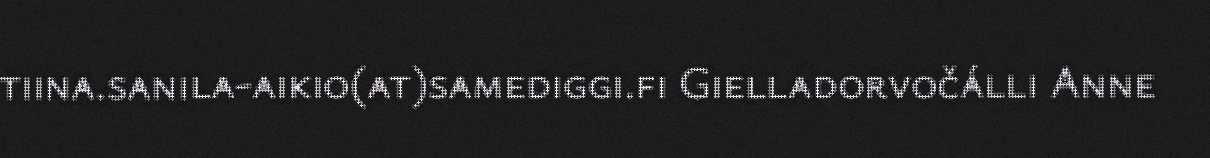
tiina.sanila-aikio(at)samediggi.fi Gielladorvočálli Anne